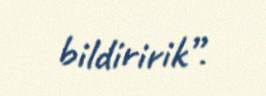
bildiririk”.